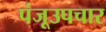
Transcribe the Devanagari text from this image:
पंजूउपचार